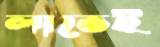
লাভেই